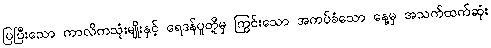
ပြပြီးသော ကာလိကသုံးမျိုးနှင့် ရေဒန်ပူတို့မှ ကြွင်းသော အကပ်ခံသော နေ့မှ အသက်ထက်ဆုံး